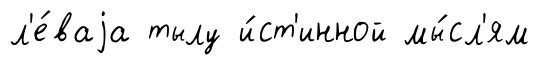
л'е́ваjа тылу и́ст'инной мы́сл'ям